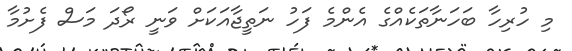
މި ހުރިހާ ބަހަނާތަކެއްގެ އެންމެ ފަހު ނަތީޖާއަކަށް ވަނީ ރޯދަ މަސް ފެށުމާ